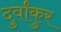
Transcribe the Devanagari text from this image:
दुर्वांकुर